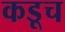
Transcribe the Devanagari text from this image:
कडूच